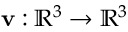
\mathbf { v } : \mathbb { R } ^ { 3 } \to \mathbb { R } ^ { 3 }